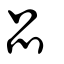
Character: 品